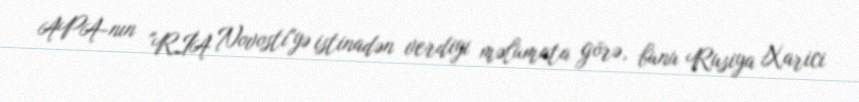
APA-nın "RİA Novosti"yə istinadən verdiyi məlumata görə, bunu Rusiya Xarici